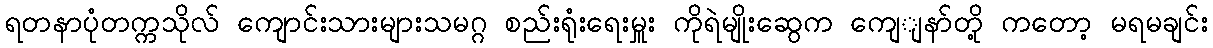
ရတနာပုံတက္ကသိုလ် ကျောင်းသားများသမဂ္ဂ စည်းရုံးရေးမှူး ကိုရဲမျိုးဆွေက ကျေျနာ်တို့ ကတော့ မရမချင်း